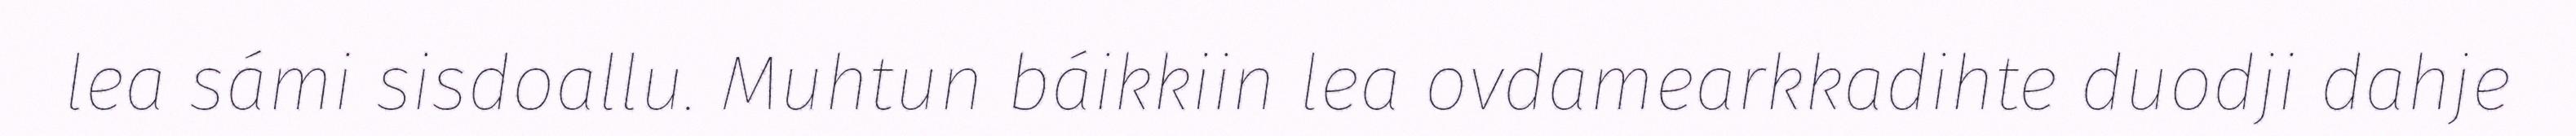
lea sámi sisdoallu. Muhtun báikkiin lea ovdamearkkadihte duodji dahje